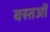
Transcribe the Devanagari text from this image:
वस्‍तओं